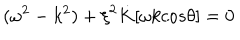
( { \omega } ^ { 2 } - k ^ { 2 } ) + { \xi } ^ { 2 } \dot { K } [ { \omega } k c o s { \theta } ] = 0